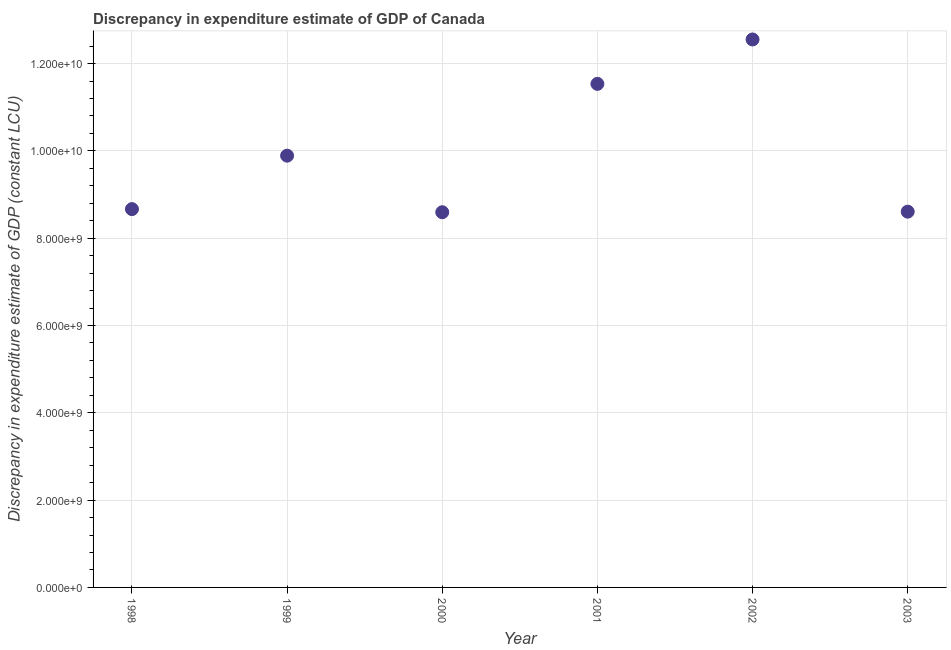
| Year | Discrepancy constant LCU |
 | --- | --- |
 | 1998 | 8.67e+09 |
 | 1999 | 9.89e+09 |
 | 2000 | 8.6e+09 |
 | 2001 | 1.15e+10 |
 | 2002 | 1.26e+10 |
 | 2003 | 8.61e+09 |